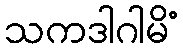
သကဒါဂါမိံ